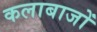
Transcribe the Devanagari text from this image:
कलाबाजों